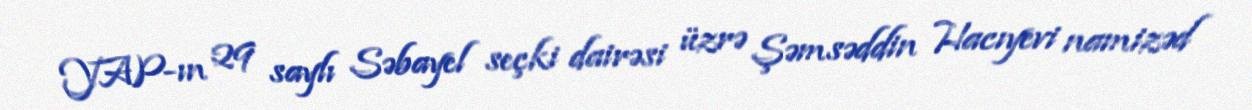
YAP-ın 29 saylı Səbayel seçki dairəsi üzrə Şəmsəddin Hacıyevi namizəd